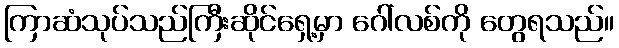
ကြာဆံသုပ်သည်ကြီးဆိုင်ရှေ့မှာ ဂေါ်လစ်ကို တွေရသည်။